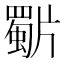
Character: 𭷍